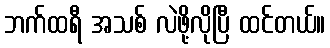
ဘက်ထရီ အသစ် လဲဖို့လိုပြီ ထင်တယ်။